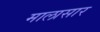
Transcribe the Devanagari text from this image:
मालासार